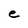
Character: e